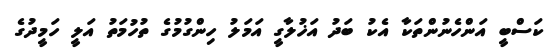
ކަސްބީ އަންހެނުންތަކާ އެކު ބަދު އަޚުލާގީ އަމަލު ހިންގުމުގެ ތުހުމަތު އަލީ ހަމީދުގެ